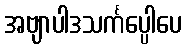
အဗျာပါဒသင်္ကပ္ပေါပေ